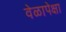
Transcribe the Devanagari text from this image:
वेळापेक्षा